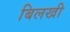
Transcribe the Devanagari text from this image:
बिलखी